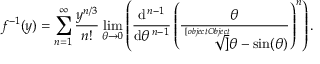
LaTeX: f ^ { - 1 } ( y ) = \sum _ { n = 1 } ^ { \infty } { \frac { y ^ { n / 3 } } { n ! } } \operatorname* { l i m } _ { \theta \to 0 } \left( { \frac { \mathrm { d } ^ { \, n - 1 } } { \mathrm { d } \theta ^ { \, n - 1 } } } \left( { \frac { \theta } { \sqrt [ [object Object] ] { \theta - \sin ( \theta ) } } } \right) ^ { n } \right) .